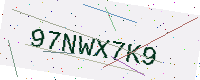
Text: 97NWX7K9